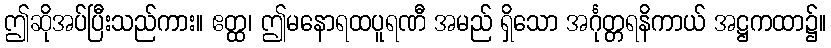
ဤဆိုအပ်ပြီးသည်ကား။ ဧတ္ထ၊ ဤမနောရထပူရဏီ အမည် ရှိသော အင်္ဂုတ္တရနိကာယ် အဋ္ဌကထာ၌။